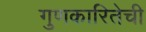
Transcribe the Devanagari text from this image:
गुणकारितेची